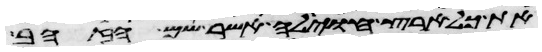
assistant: את כל ארץ החוילה אשר שם הזהב